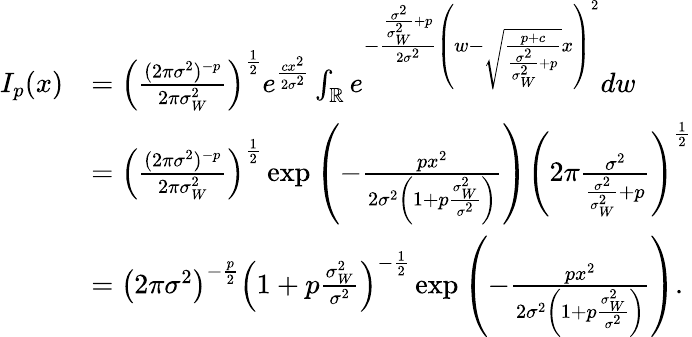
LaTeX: \begin{array}{rl}{I_{p}(x)}&{=\left(\frac{(2\pi\sigma^{2})^{-p}}{2\pi\sigma_{W}^{2}}\right)^{\frac{1}{2}}e^{{\frac{c{x}^{2}}{2\sigma^{2}}}}\int_{\mathbb{R}}e^{-\frac{\frac{\sigma^{2}}{\sigma_{W}^{2}}+p}{2\sigma^{2}}\left({w}-\sqrt{\frac{p+c}{\frac{\sigma^{2}}{\sigma_{W}^{2}}+p}}{x}\right)^{2}}d{w}}\\ &{=\left(\frac{(2\pi\sigma^{2})^{-p}}{2\pi\sigma_{W}^{2}}\right)^{\frac{1}{2}}\exp\left(-{\frac{p{x}^{2}}{2\sigma^{2}\left(1+p\frac{\sigma_{W}^{2}}{\sigma^{2}}\right)}}\right)\left(2\pi\frac{\sigma^{2}}{\frac{\sigma^{2}}{\sigma_{W}^{2}}+p}\right)^{\frac{1}{2}}}\\ &{=\left(2\pi\sigma^{2}\right)^{-\frac{p}{2}}\left(1+p\frac{\sigma_{W}^{2}}{\sigma^{2}}\right)^{-\frac{1}{2}}\exp\left(-{\frac{p{x}^{2}}{2\sigma^{2}\left(1+p\frac{\sigma_{W}^{2}}{\sigma^{2}}\right)}}\right).}\end{array}